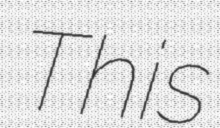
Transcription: This